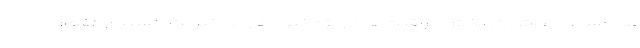
و نامساعد پدرش در بخش مراقبت‌های ویژه خبر داد و به خبرنگار تسنیم گفت: